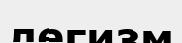
легизм